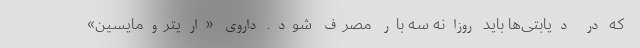
که در دیابتی‌ها باید روزانه سه بار مصرف شود. داروی «اریترومایسین»